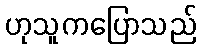
ဟုသူကပြောသည်